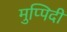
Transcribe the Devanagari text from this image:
मुप्पिदी